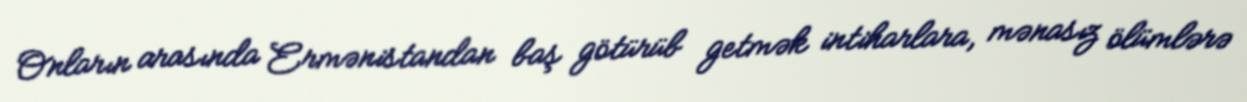
Onların arasında Ermənistandan baş götürüb getmək intiharlara, mənasız ölümlərə